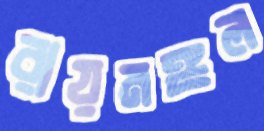
রায়মঙ্গল